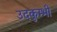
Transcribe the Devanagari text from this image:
उदकुम्भी